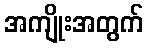
အကျိုးအတွက်